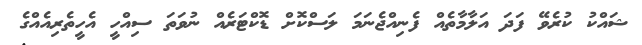
ޝައްކު ކުރެވޭ ފަދަ އަލާމާތެއް ފެނިއްޖެނަމަ ލަސްކޮށް ޑޮކްޓަރެއް ނުވަތަ ސިއްހީ އެހީތެރިއެއްގެ